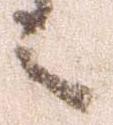
之